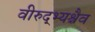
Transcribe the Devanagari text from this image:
वीरुद्भ्यश्चैव